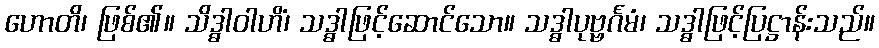
ဟောတိ၊ ဖြစ်၏။ သိဒ္ဓါဝါဟိံ၊ သဒ္ဓါဖြင့်ဆောင်သော။ သဒ္ဓါပုဗ္ဗင်္ဂမံ၊ သဒ္ဓါဖြင့်ပြဋ္ဌာန်းသည်။